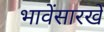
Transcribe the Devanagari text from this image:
भावेंसारखे